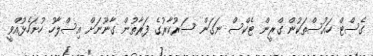
ގެސްޓް ހައުސްތަކުން ގްރީން ޓެކްސް ނަގަން ސަރުކާރުގެ ފަރާތުން ގާނޫނަށް އިސްލާހު ހުށަހެޅުއްވީ